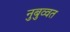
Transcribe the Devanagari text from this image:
नुबुव्वत